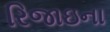
રિજાઇના